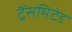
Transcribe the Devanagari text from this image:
ट्रैंसमिटेड